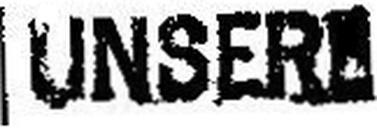
UNSERE